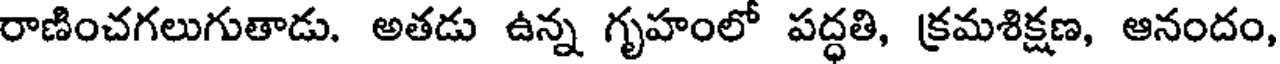
రాణించగలుగుతాడు. అతడు ఉన్న గృహంలో పద్ధతి, క్రమశిక్షణ, ఆనందం,